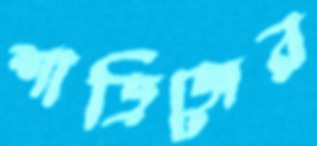
শাড়িজের